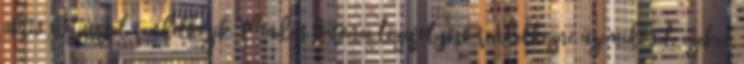
aktív státusszal rendelkezik. Minden katonai légifolyosó rendelkezne üzemidővel, ezeken